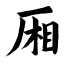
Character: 厢